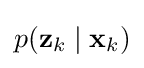
p(\mathbf {z} _{k}\mid \mathbf {x} _{k})